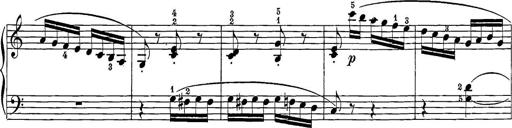
Title: 12 Sonatine per Pianoforte
Composer: Friedrich Kuhlau